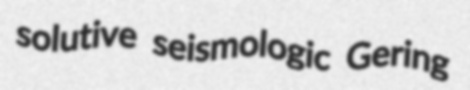
solutive seismologic Gering